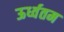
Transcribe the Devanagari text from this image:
ऊर्ध्वतम